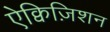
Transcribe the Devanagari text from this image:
ऐक्विज़िशन